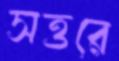
সত্তরে